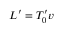
L ^ { \prime } = T _ { 0 } ^ { \prime } v